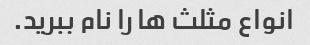
انواع مثلث ها را نام ببرید.